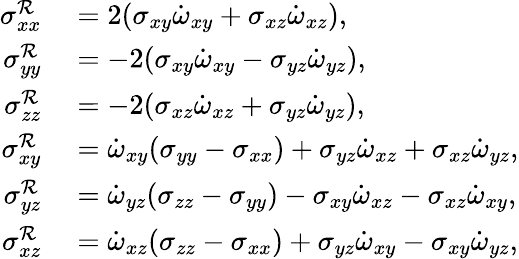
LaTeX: \begin{array}{rl}{\sigma_{xx}^{\mathcal{R}}}&{{}=2(\sigma_{xy}\dot{\omega}_{xy}+\sigma_{xz}\dot{\omega}_{xz}),}\\ {\sigma_{yy}^{\mathcal{R}}}&{{}=-2(\sigma_{xy}\dot{\omega}_{xy}-\sigma_{yz}\dot{\omega}_{yz}),}\\ {\sigma_{zz}^{\mathcal{R}}}&{{}=-2(\sigma_{xz}\dot{\omega}_{xz}+\sigma_{yz}\dot{\omega}_{yz}),}\\ {\sigma_{xy}^{\mathcal{R}}}&{{}=\dot{\omega}_{xy}(\sigma_{yy}-\sigma_{xx})+\sigma_{yz}\dot{\omega}_{xz}+\sigma_{xz}\dot{\omega}_{yz},}\\ {\sigma_{yz}^{\mathcal{R}}}&{{}=\dot{\omega}_{yz}(\sigma_{zz}-\sigma_{yy})-\sigma_{xy}\dot{\omega}_{xz}-\sigma_{xz}\dot{\omega}_{xy},}\\ {\sigma_{xz}^{\mathcal{R}}}&{{}=\dot{\omega}_{xz}(\sigma_{zz}-\sigma_{xx})+\sigma_{yz}\dot{\omega}_{xy}-\sigma_{xy}\dot{\omega}_{yz},}\end{array}